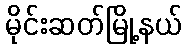
မိုင်းဆတ်မြို့နယ်